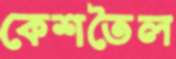
কেশতৈল